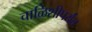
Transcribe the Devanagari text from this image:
चाळिशीपर्यंत